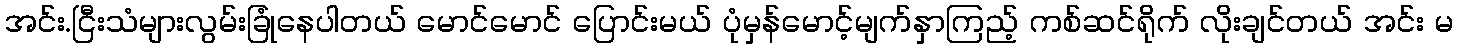
အင်း.ငြီးသံများလွမ်းခြုံနေပါတယ် မောင်မောင် ပြောင်းမယ် ပုံမှန်မောင့်မျက်နှာကြည့် ကစ်ဆင်ရိုက် လိုးချင်တယ် အင်း မ